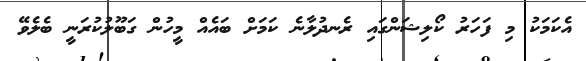
އެކަމަކު މި ފަހަރު ކޯލިޝަންގައި ރެނދުލާނެ ކަމަށް ބައެއް މީހުން ގަބޫލުކުރަނީ ބެލެވޭ